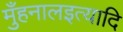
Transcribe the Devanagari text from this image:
मुँहनालइत्यादि